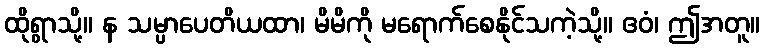
ထိုရွာသို့။ န သမ္ပာပေတိယထာ၊ မိမိကို မရောက်စေနိုင်သကဲ့သို့။ ဧဝံ၊ ဤအတူ။